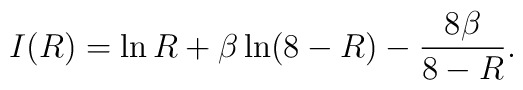
I(R) = \ln R + \beta \ln (8 - R) - \frac{8 \beta}{8 - R}.